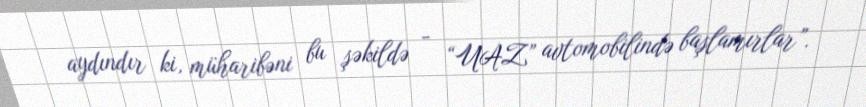
aydındır ki, müharibəni bu şəkildə - “UAZ” avtomobilində başlamırlar”.